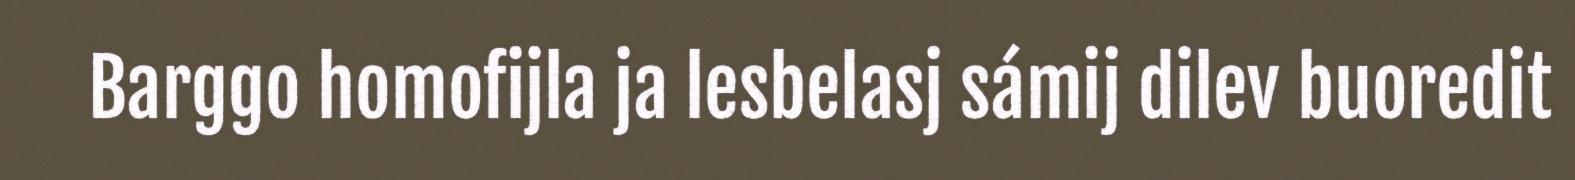
Barggo homofijla ja lesbelasj sámij dilev buoredit